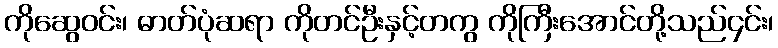
ကိုဆွေဝင်း၊ ဓာတ်ပုံဆရာ ကိုတင်ဦးနှင့်တကွ ကိုကြီးအောင်တို့သည်၄င်း၊